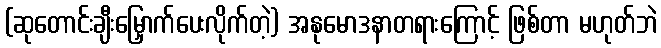
(ဆုတောင်းချီးမြှောက်ပေးလိုက်တဲ့) အနုမောဒနာတရားကြောင့် ဖြစ်တာ မဟုတ်ဘဲ